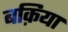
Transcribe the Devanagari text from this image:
बक़िया